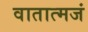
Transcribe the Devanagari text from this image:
वातात्मजं